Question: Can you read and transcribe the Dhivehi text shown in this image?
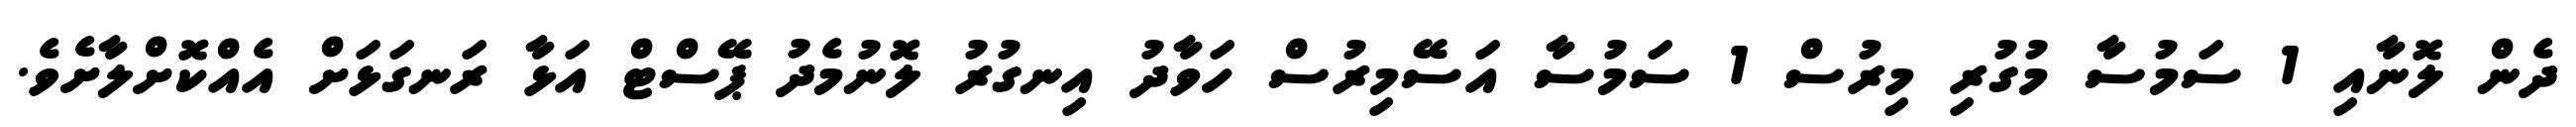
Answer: ދެން ލޮނާއި 1 ސަމުސާ މުގުރި މިރުސް 1 ސަމުސާ އަސޭމިރުސް ހަވާދު އިނގުރު ލޮނުމެދު ޕޭސްޓް އަޅާ ރަނގަޅަށް އެއްކޮށްލާށެވެ.